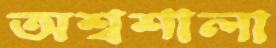
অশ্বশালা